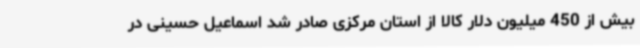
بیش از 450 میلیون دلار کالا از استان مرکزی صادر شد اسماعیل حسینی در